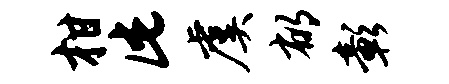
柑此虞郁彰